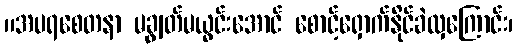
။အပရစေတနာ မချွတ်မယွင်းအောင် စောင့်ရှောက်နိုင်ခဲလှကြောင်း၊